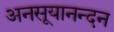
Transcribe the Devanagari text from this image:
अनसूयानन्‍दन